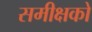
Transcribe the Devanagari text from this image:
समीक्षको